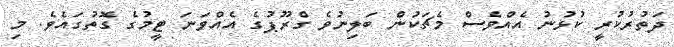
ދަތުރުކުރީ ކުޅުނު އެއްވެސް މެޗަކުން ބަލިނުވެ ގްރޫޕުގެ އެއްވަނަ ޓީމުގެ ގޮތުގައެވެ. މި